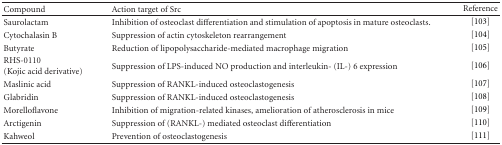
| Compound | Action target of Src | Reference |
 | --- | --- | --- |
 | Saurolactam | Inhibition of osteoclast differentiation and stimulation of apoptosis in mature osteoclasts. | [103] |
 | Cytochalasin B | Suppression of actin cytoskeleton rearrangement | [104] |
 | Butyrate | Reduction of lipopolysaccharide-mediated macrophage migration | [105] |
 | RHS-0110(Kojic acid derivative) | Suppression of LPS-induced NO production and interleukin- (IL-) 6 expression | [106] |
 | Maslinic acid | Suppression of RANKL-induced osteoclastogenesis | [107] |
 | Glabridin | Suppression of RANKL-induced osteoclastogenesis | [108] |
 | Morelloflavone | Inhibition of migration-related kinases, amelioration of atherosclerosis in mice | [109] |
 | Arctigenin | Suppression of (RANKL-) mediated osteoclast differentiation | [110] |
 | Kahweol | Prevention of osteoclastogenesis | [111] |